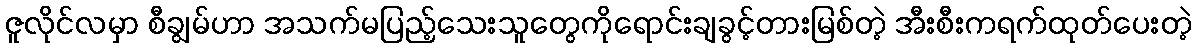
ဇူလိုင်လမှာ စီချွမ်ဟာ အသက်မပြည့်သေးသူတွေကိုရောင်းချခွင့်တားမြစ်တဲ့ အီးစီးကရက်ထုတ်ပေးတဲ့